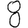
Digit: 8